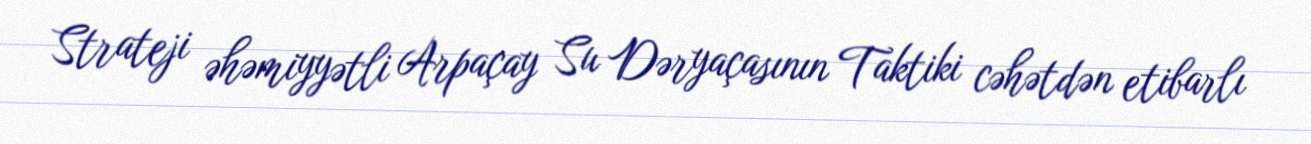
Strateji əhəmiyyətli Arpaçay Su Dəryaçasının Taktiki cəhətdən etibarlı